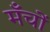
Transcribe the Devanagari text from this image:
मँचों